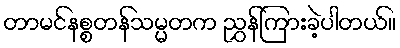
တာမင်နစ္စတန်သမ္မတက ညွှန်ကြားခဲ့ပါတယ်။